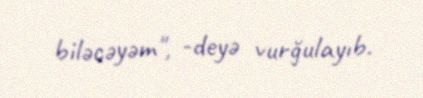
biləcəyəm", -deyə vurğulayıb.